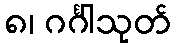
၈၊ ဂင်္ဂါသုတ်